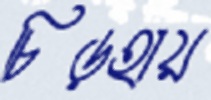
চিড়হায়